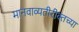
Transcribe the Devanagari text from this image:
मानवाव्यतीरीक्तच्या